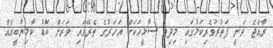
ރާއްޖެ ވަނީ ފަތުރުވެރިކަމުގައި މިދިޔަ ސާޅީހަކަށް އަހަރުގެ ތެރޭގައި ވަރަށް ބޮޑު ކާމިޔާބީއެއް